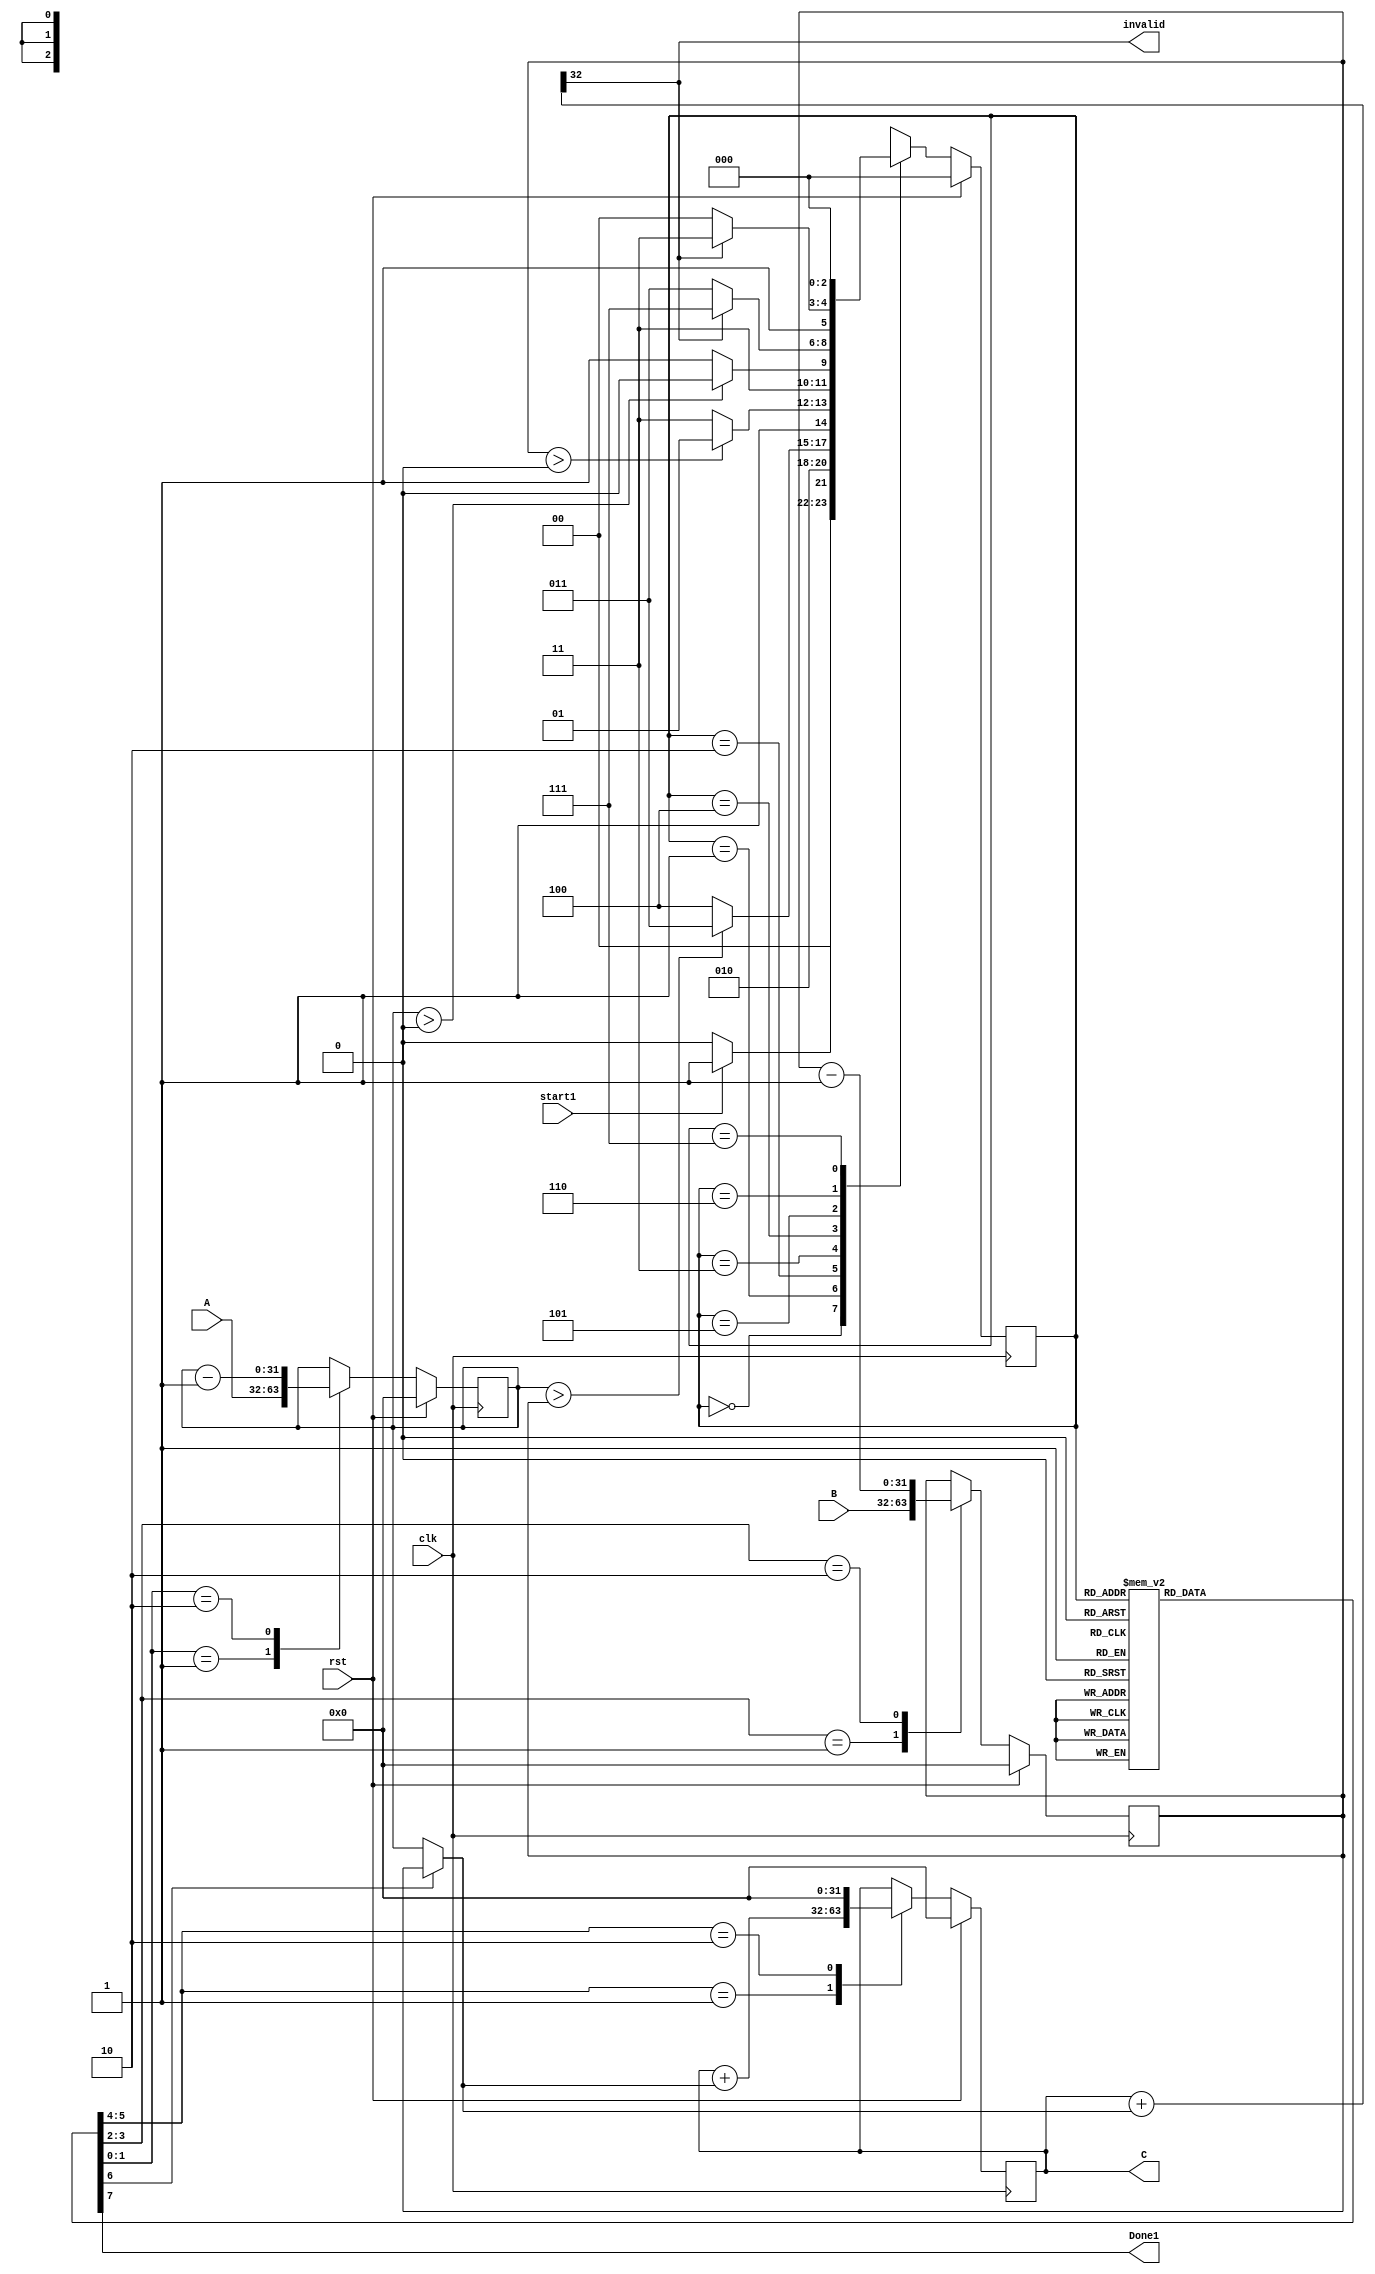
module multiplier (
    input clk,rst,start1,
    input wire [31:0] A,B,
    output reg [31:0] C,
    output invalid,
    output reg Done1   
);

//----------------------------------Datapath-------------------------------------------------------//
    reg [31:0] Am,Bm;
    wire [31:0] wire4,wire5,wire6,wire7;
    reg [31:0]  wire1,wire2,wire3;
    wire flag1,flag2,flag3;
    reg [1:0] sel1,sel2,sel3;
    reg sel4;
    reg [2:0] cs,ns;
    wire [31:0] tmp;
    //wire invalid;

// Registers
    always @(posedge clk) begin
        if(rst) begin
            Am <= 32'd0;
            Bm <= 32'd0;
            C <= 32'd0;
        end    
        else begin
            Am <= wire1;
            Bm <= wire2; 
            C <= wire3;  
        end 
    end

//Muxes

    always @(*) begin
        case(sel1)
            2'b00 : wire1 = Am;
            2'b01 : wire1 = A;
            2'b10 : wire1 = wire4;
            default : wire1 = Am;
        endcase
    end

    always @(*) begin
        case(sel2)
            2'b00 : wire2 = Bm;
            2'b01 : wire2 = B;
            2'b10 : wire2 = wire5;
            default : wire2 = Bm;
        endcase
    end

    always @(*) begin
        case(sel3)
            2'b00 : wire3 = C;
            2'b01 : wire3 = wire6;
            2'b10 : wire3 = 32'd0;
            default : wire3 = C;
        endcase
    end

    assign wire7 = sel4 ? Bm : Am;

// Subtractor

    assign wire4 = Am - 32'd1 ;
    assign wire5 = Bm - 32'd1 ;
    assign wire6 = C + wire7 ;
    assign {invalid,tmp} = C + wire7; //checkng overflow flag

//comparator
    
    assign flag1 = (Am > Bm);
    assign flag2 = (Am > 32'd0);
    assign flag3 = (Bm > 32'd0);
    
//------------------------------FSM----------------------------------------------//
    
    parameter s0 = 4'b0000;
    parameter s1 = 4'b0001;
    parameter s2 = 4'b0010;
    parameter s3 = 4'b0011;
    parameter s4 = 4'b0100;
    parameter s5 = 4'b0101;
    parameter s6 = 4'b0110;
    parameter s7 = 4'b0111;
    parameter s8 = 4'b1000; //Adding new state for invalid flag

    //state reg

    always @(posedge clk) begin
        if(rst) cs <=s0;
        else cs <= ns;  
    end

    //next state logic

    always @(*) begin
        case (cs)
          s0  : ns <= start1? s1:s0;
          s1  : ns <= s2;
          s2  : ns <= flag1 ? s3:s4;
          s3  : ns <= flag3 ?s5:s7;
          s4  : ns <= flag2 ?s6:s7;
          //s5  : ns <= s3;
          s5  : ns <= invalid ? s7:s3;
          //s6  : ns <= s4;
          s6  : ns <= invalid ? s7:s4;
          s7  : ns <= s0;
          s8  : ns <= s7;
            default: ns <= s0;
        endcase
    end
    
    //Output logic

    always @(*) begin
        case (cs)
            s0 : begin
                sel1 <= 2'b00;
                sel2 <= 2'b00;
                sel3 <= 2'b00;
                sel4 <= 0;
                Done1 <= 0;
            end 
           s1 : begin
                sel1 <= 2'b01;
                sel2 <= 2'b01;
                sel3 <= 2'b10;
                sel4 <= 0;
                Done1 <= 0;
            end 
            s2: begin
                sel1 <= 2'b00;
                sel2 <= 2'b00;
                sel3 <= 2'b00;
                sel4 <= 0;
                Done1 <= 0;
            end 
            s3 : begin
                sel1 <= 2'b00;
                sel2 <= 2'b00;
                sel3 <= 2'b00;
                sel4 <= 0;
                Done1 <= 0;
            end 
            s4 : begin
                sel1 <= 2'b00;
                sel2 <= 2'b00;
                sel3 <= 2'b00;
                sel4 <= 1;
                Done1 <= 0;
            end 
            s5 : begin
                sel1 <= 2'b00;
                sel2 <= 2'b10;
                sel3 <= 2'b01;
                sel4 <= 0;
                Done1 <= 0;
            end 
            s6 : begin
                sel1 <= 2'b10;
                sel2 <= 2'b00;
                sel3 <= 2'b01;
                sel4 <= 1;
                Done1 <= 0;
            end 
            s7 : begin
                sel1 <= 2'b00;
                sel2 <= 2'b00;
                sel3 <= 2'b00;
                sel4 <= 0;
                Done1 <= 1;
            end
            default: begin
                sel1 <= 2'b00;
                sel2 <= 2'b00;
                sel3 <= 2'b00;
                sel4 <= 0;
                Done1 <= 0;
            end 
        endcase
    end

endmodule